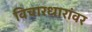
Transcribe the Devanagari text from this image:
विचारधारांवर